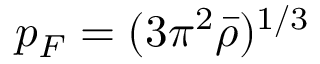
p _ { F } = ( 3 \pi ^ { 2 } \bar { \rho } ) ^ { 1 / 3 }